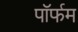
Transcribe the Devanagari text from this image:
पॉर्फम